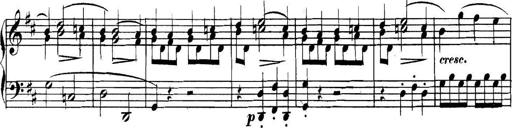
Title: Collected Piano Sonatas
Composer: Muzio Clementi